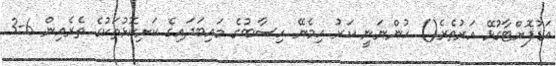
އަޑުފޮށްޓާގުޅޭ އަރުތެރެ() ހުންނަނީ ކަރު ހިމެނޭ ހިސާބުގެ މައިބަދައިގެ ކަށިކޮޅުތަކުގެ ތެރެއިން 6-3